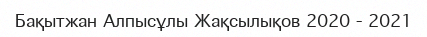
Бақытжан Алпысұлы Жақсылықов 2020 - 2021